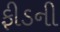
ફીડની